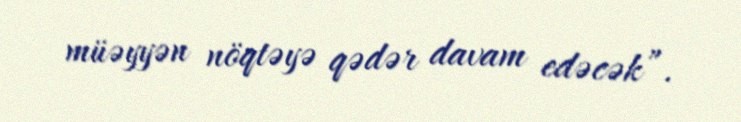
müəyyən nöqtəyə qədər davam edəcək”.